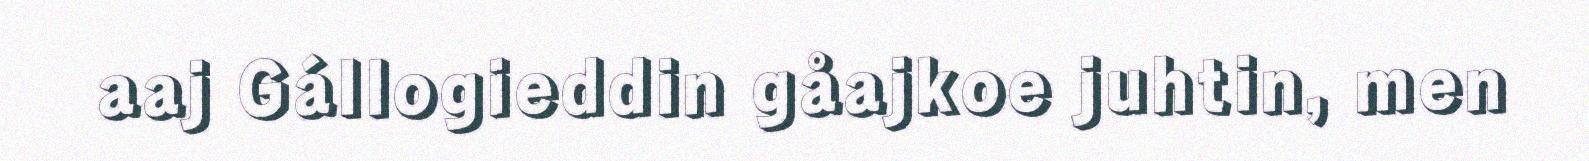
aaj Gállogieddin gåajkoe juhtin, men